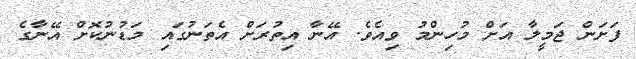
ފަށަން ޖަމީލާ އަށް މުހިންމު ވިއެވެ. އޭނާ އިތުރަށް އެތަނުގައި މަޑުނުކޮށް އޭނާގެ